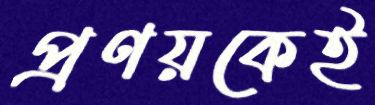
প্রণয়কেই